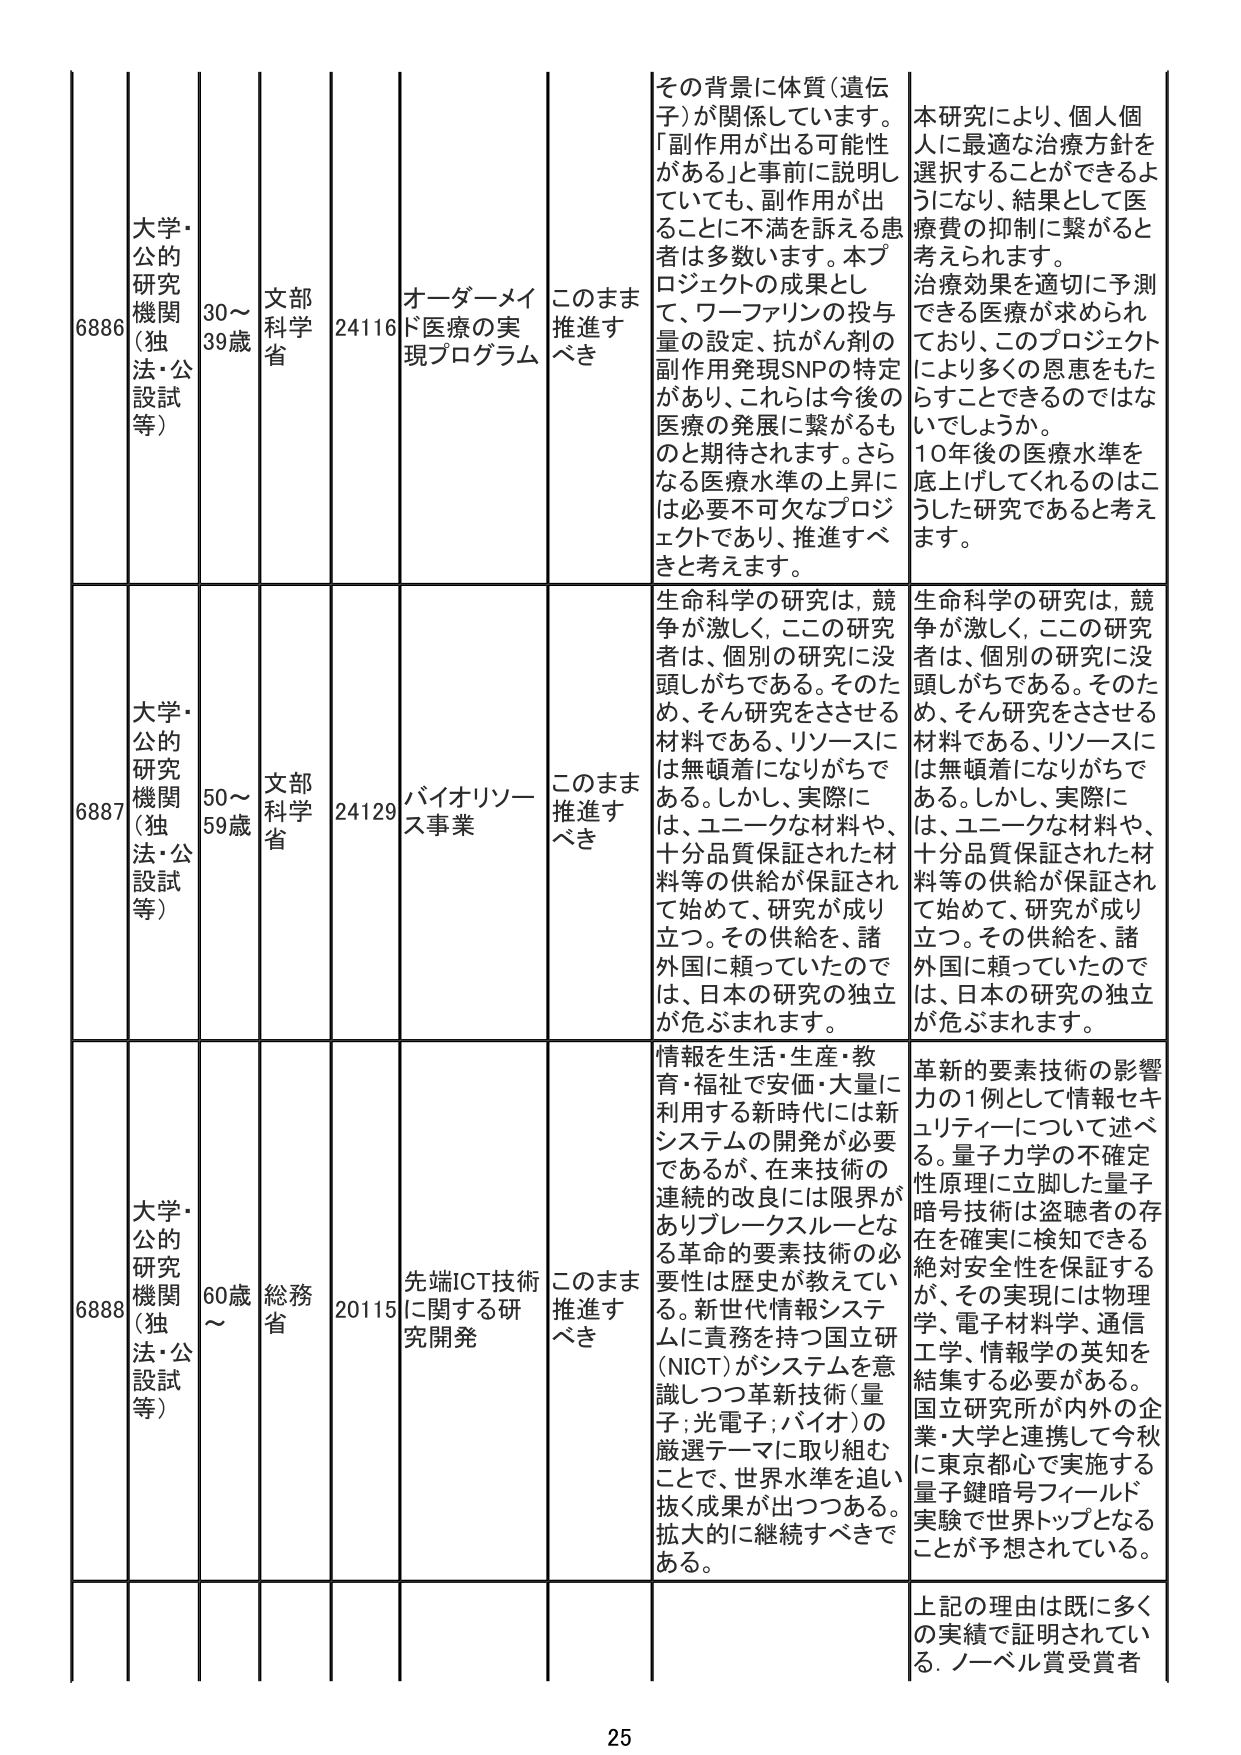
6886 大学・公的研究機関（独法・公設試等） 30～39歳 文部科学省 24116 オーダーメイド医療の実現プログラム このまま推進すべき その背景に体質（遺伝子）が関係しています。「副作用が出る可能性がある」と事前に説明していても、副作用が出ることに不満を訴える患者は多数います。本プロジェクトの成果として、ワーファリンの投与量の設定、抗がん剤の副作用発現SNPの特定があり、これらは今後の医療の発展に繋がるものと期待されます。さらなる医療水準の上昇には必要不可欠なプロジェクトであり、推進すべきと考えます。 本研究により、個人個人に最適な治療方針を選択することができるようになり、結果として医療費の抑制に繋がると考えられます。治療効果を適切に予測できる医療が求められており、このプロジェクトにより多くの恩恵をもたらすことができるのではないでしょうか。10年後の医療水準を底上げしてくれるのはこうした研究であると考えます。

6887 大学・公的研究機関（独法・公設試等） 50～59歳 文部科学省 24129 バイオリソース事業 このまま推進すべき 生命科学の研究は、競争が激しく、この研究者は、個別の研究に没頭しがちである。そのため、そん研究をさせる材料である、リソースには無頓着になりがちである。しかし、実際には、ユニークな材料や、十分品質保証された材料等の供給が保証されて始めて、研究が成り立つ。その供給を、諸外国に頼っていたので、日本の研究の独立が危ぶまれます。 生命科学の研究は、競争が激しく、この研究者は、個別の研究に没頭しがちである。そのため、そん研究をさせる材料である、リソースには無頓着になりがちである。しかし、実際には、ユニークな材料や、十分品質保証された材料等の供給が保証されて始めて、研究が成り立つ。その供給を、諸外国に頼っていたので、日本の研究の独立が危ぶまれます。

6888 大学・公的研究機関（独法・公設試等） 60歳～ 総務省 20115 先端ICT技術に関する研究開発 このまま推進すべき 情報を生活・生産・教育・福祉で安価・大量に利用する新時代には新システムの開発が必要であるが、在来技術の連続的改良には限界がありブレークスルーとなる革命的要素技術の必要性は歴史が教えてい る。新世代情報システムに責務を持つ国立研究（NICT）がシステムを意識しつつ革新技術（量子；光電子；バイオ）の厳選テーマに取り組むことで、世界水準を追い抜く成果が出つつある。拡大的に継続すべきである。 革新的要素技術の影響力の1例として情報セキュリティについて述べる。量子力学の不確定性原理に立脚した量子暗号技術は盗聴者の存在を確実に検知できる絶対安全性を保証するが、その実現には物理学、電子材料学、通信工学、情報学の英知を結集する必要がある。国立研究所が内外の企業・大学と連携して今秋に東京都心で実施する量子鍵暗号フィールド実験で世界トップとなることが予想されている。

上記の理由は既に多くの実績で証明されている。ノーベル賞受賞者

25